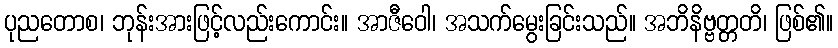
ပုညတောစ၊ ဘုန်းအားဖြင့်လည်းကောင်း။ အာဇီဝေါ၊ အသက်မွေးခြင်းသည်။ အဘိနိဗ္ဗတ္တတိ၊ ဖြစ်၏။